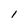
Character: l